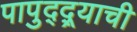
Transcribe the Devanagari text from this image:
पापुद्द्र्याची